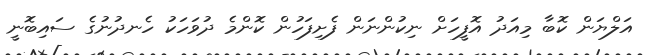
އަލްޔަން ކޮބާ މިއަދު އޮފީހަށް ނިކުންނަން ފެށިފަހުން ކޮންމެ ދުވަހަކު ހެނދުނުގެ ސައިބޮނީ